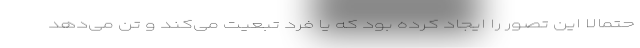
حتمالا این تصور را ایجاد کرده بود که یا فرد تبعیت می‌کند و تن می‌دهد